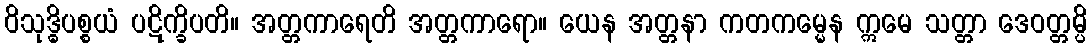
ဝိသုဒ္ဓိပစ္စယံ ပဋိက္ခိပတိ။ အတ္တကာရေတိ အတ္တကာရော။ ယေန အတ္တနာ ကတကမ္မေန ဣမေ သတ္တာ ဒေဝတ္တမ္ပိ